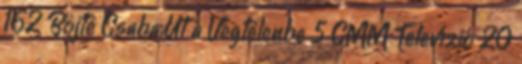
162 Böjte Csaba:Út a Végtelenbe 5 CMM Televízió 20